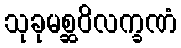
သုခုမစ္ဆဝိလက္ခဏံ